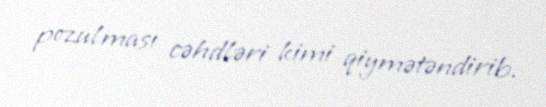
pozulması cəhdləri kimi qiymətəndirib.